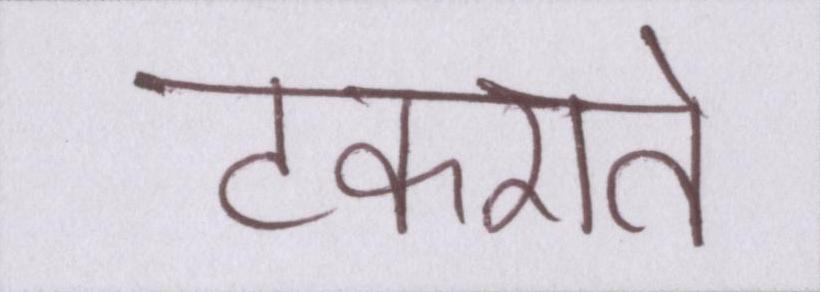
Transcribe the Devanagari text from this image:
टकराते